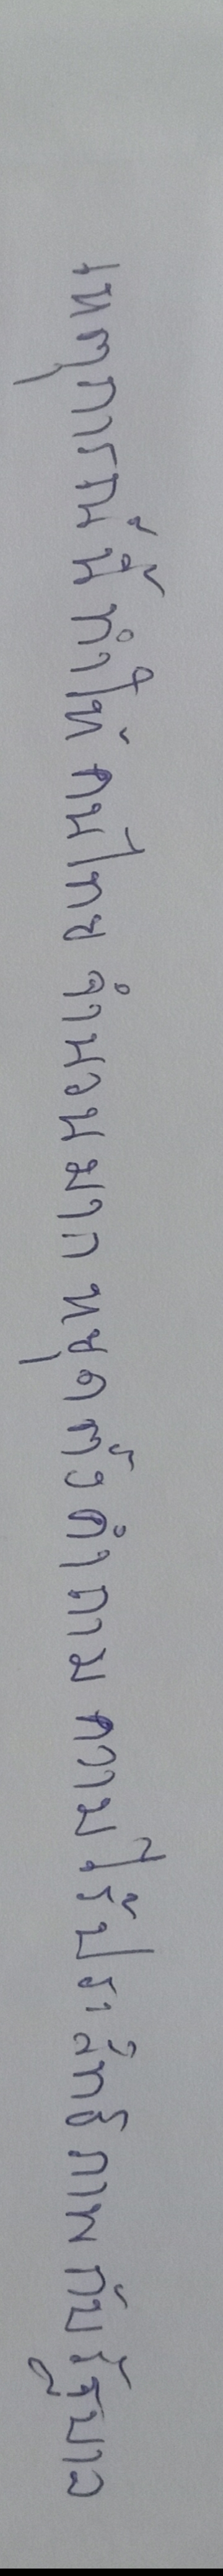
เหตุการณ์นี้ทำให้คนไทยจำนวนมากหยุดตั้งคำถามความไร้ประสิทธิภาพกับรัฐบาล